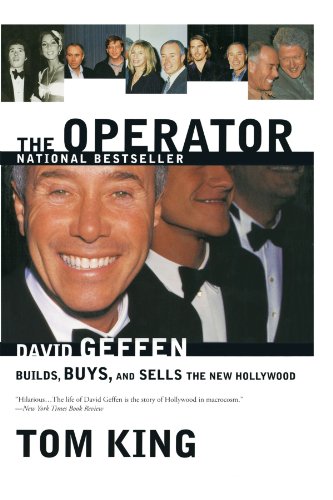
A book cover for The Operator: David Geffen Builds, Buys, and Sells the New Hollywood; Thomas R. King; Arts & Photography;